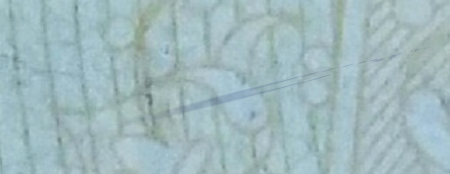
OPEN 24 HOURS